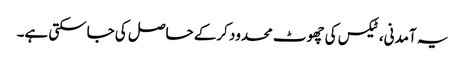
یہ آمدنی، ٹیکس کی چھوٹ محدود کرکے حاصل کی جاسکتی ہے۔